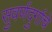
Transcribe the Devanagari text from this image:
सुवर्णदुर्गाचे